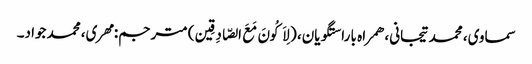
سماوی، محمد تیجانی، همراه با راستگویان، (لِاَکُونَ مَعَ الصّادِقِین) مترجم: مهری، محمد جواد۔